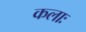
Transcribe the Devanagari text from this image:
कलाः